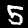
Label: 5